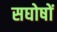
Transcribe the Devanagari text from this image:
सघोषों